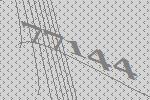
77144